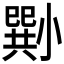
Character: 𡮭